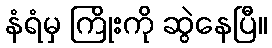
နံရံမှ ကြိုးကို ဆွဲနေပြီ။